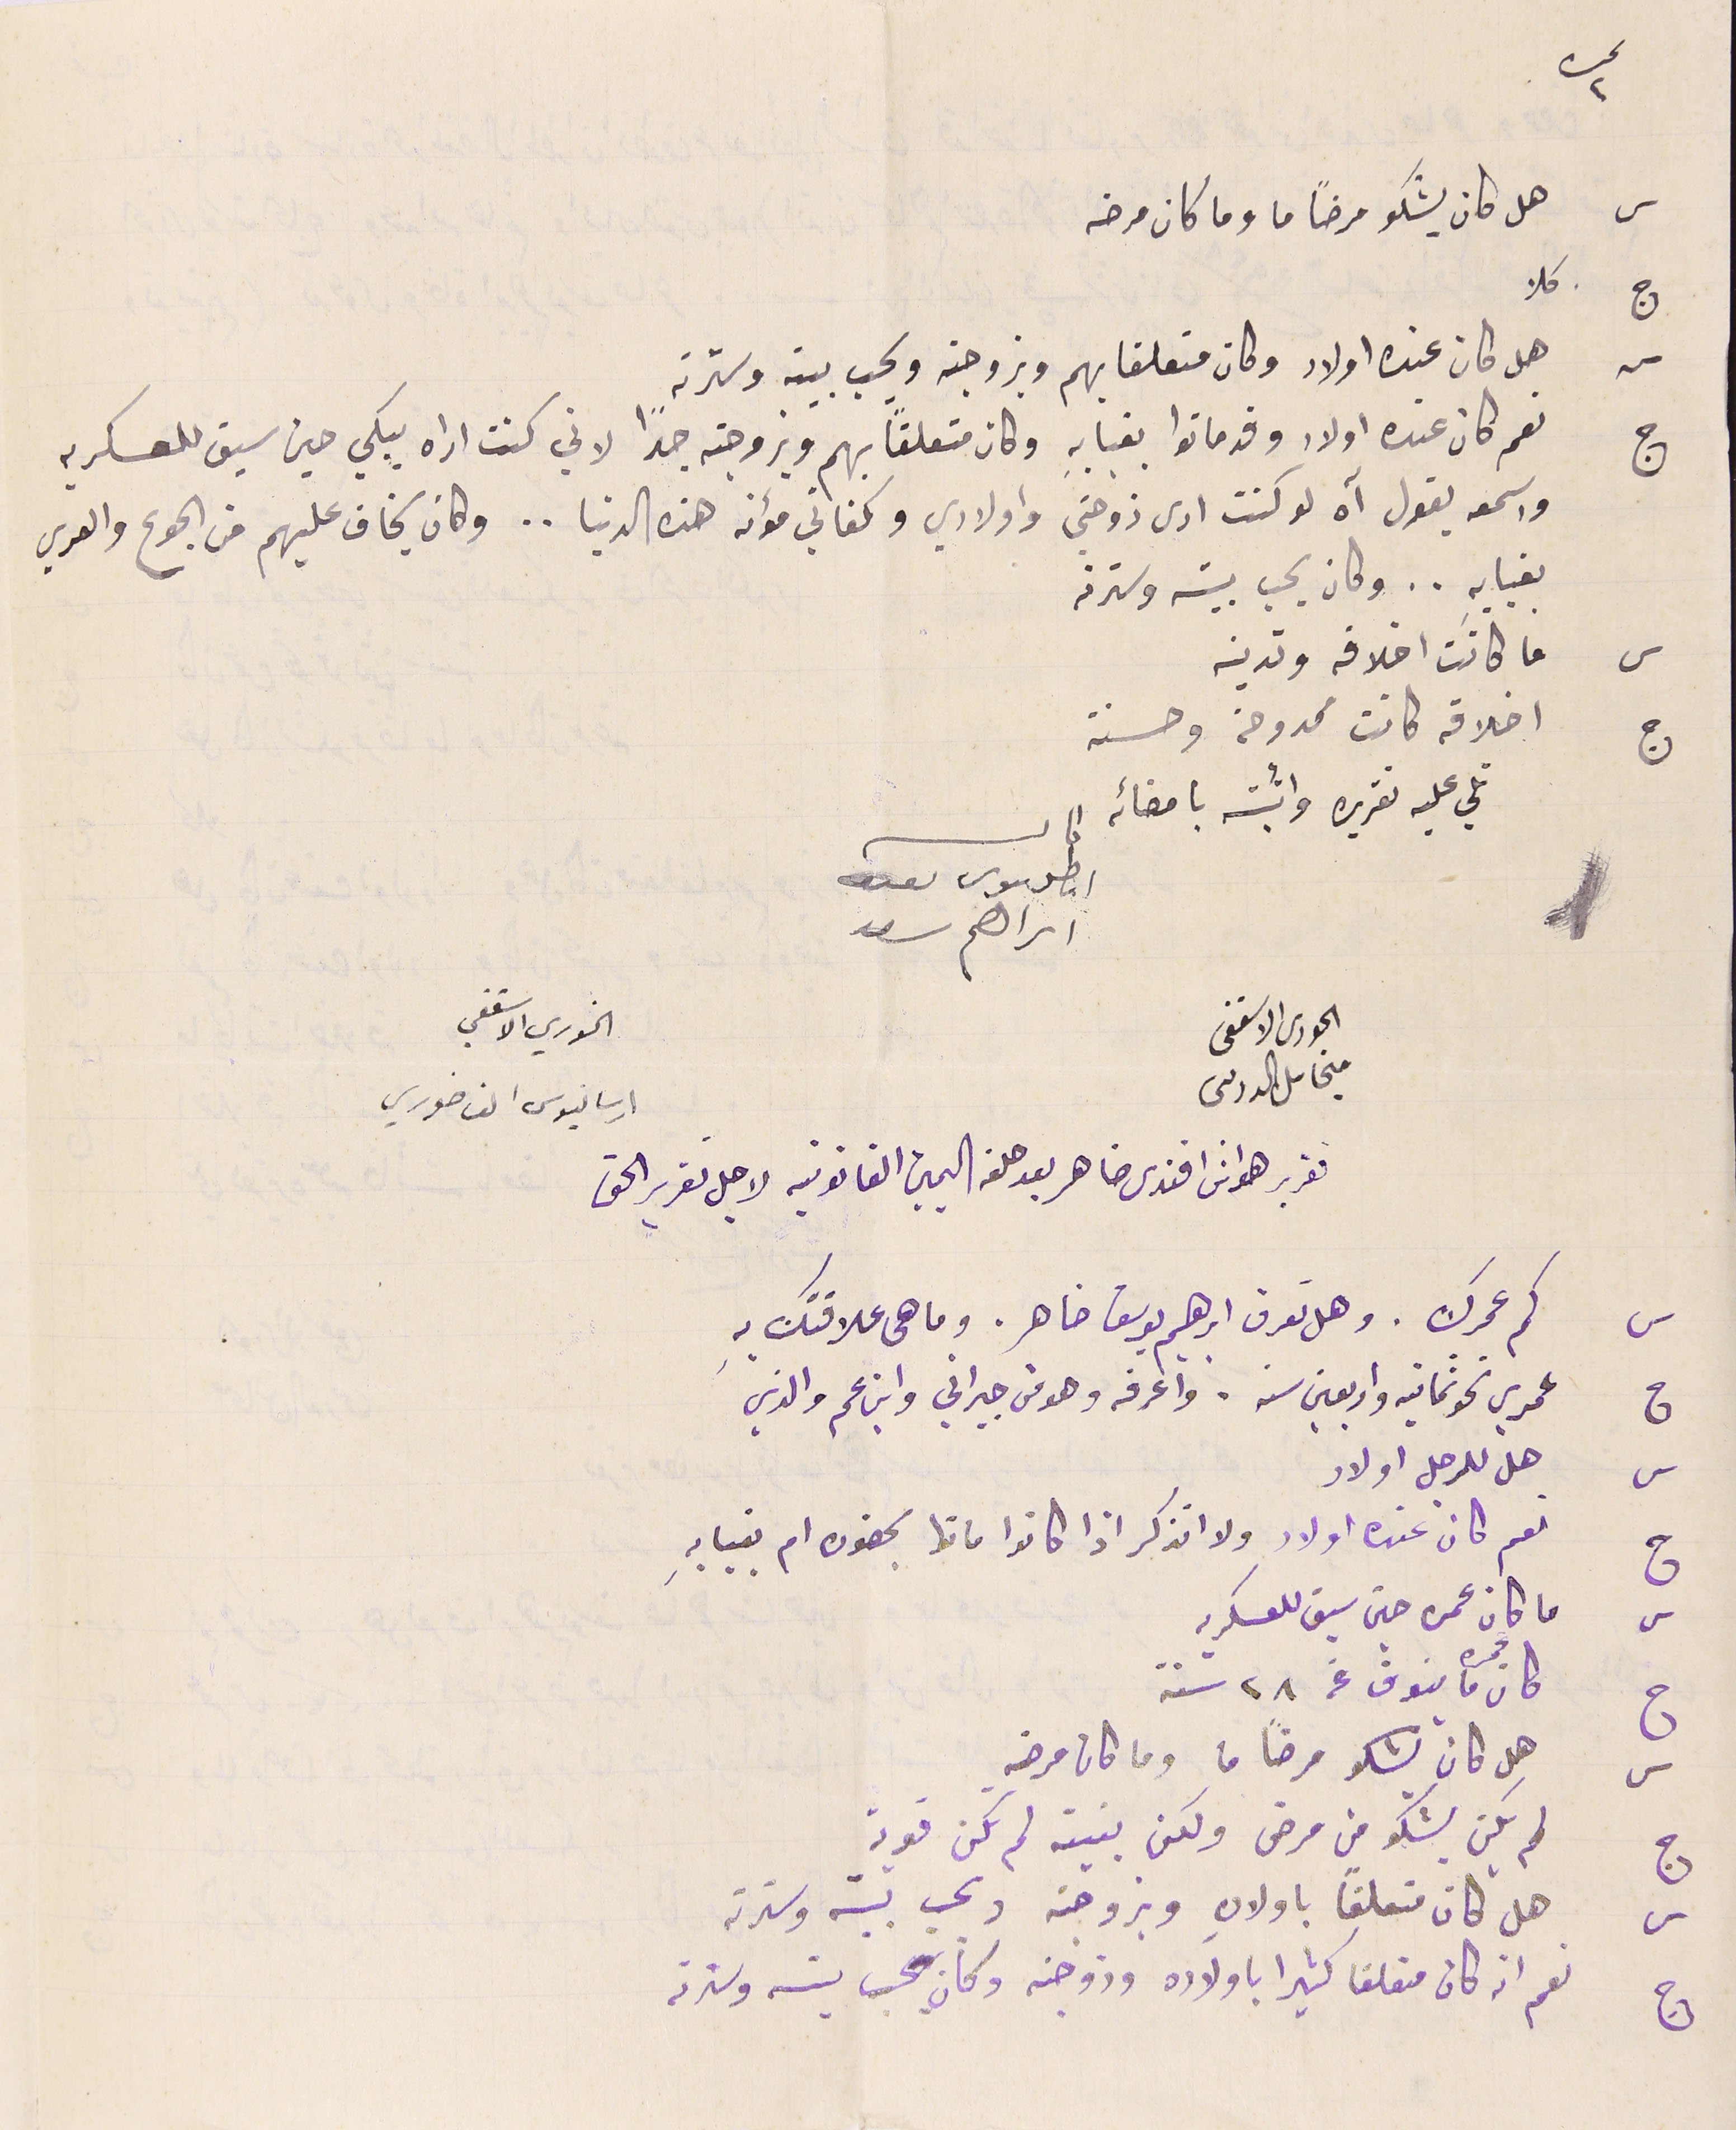
س هل كان يشكو مرضًا ما وما كان مرضه
س هل كان عنده اولاد وكان متعلقا بهم وبزوجته ويحب بيته وسترته
ج نعم كان عنده اولاد وقد ماتوا بغيابه وكان متعلقاً بهم وبزوجته جدًا لاني كنت اراه يبكي حين سيق للعسكريه
واسمعه يقول آه لو كنت ارى زوجتي واولادي وكفاتي مؤنه هذه الدنيا.. وكان يخاف عليهم من الجوع والعري
بغيابهِ.. وكان يحب بيته وسترته
س ما كانت اخلاقه وتدينه
ج اخلاقه كانت ممدوحة وحسنة
تلي عليه تقريره وأثبته بامضائه
كاتب انطوىىوس اىراهم سعد
الحورى الاسقفى                                                              الخوري الاسقفي
ميخاىل الدرىىى                                                                      ارسانيوس الفاخوري
تقرير طنوسَ افندى ضاهر بعد حلفه اليمين القانونية لاجل تقرير الحق
س كم عمرك. وهل تعرف ابرهيم يوسف ضاهر. وما هى علاقتك بهِ
ج عمري نحو ثمانية واربعين سنه. واعرفه وهو من جيراني وابن عم والدي
ج نعم كان عنده اولاد ولا اتذكر اذا كانوا ماتوا بحضوره ام بغبابهِ
 ما كان عمره حين سيق للعسكريه
ج كان عمره ما ينوف عن ٢٨ سنة
س   هل كان يشكو مرضًا ما وما كان مرضه
ج لم يكن يشكو من مرض ولكن بنيته لم تكن قوية
س  هل كان متعلقا باولادهِ وبزوجته ويحب بيته وسترته
ج نعم انه كان متعلقا كثيرا ياولاده وزوجته وكان يحب بيته وسترته
نمره ٢
ج كلا
س هل للرجل اولاد